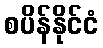
စပိန်နိုင်ငံ